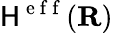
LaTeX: \mathsf{H}^{\mathrm{{~e~f~f~}}}({\mathbf{{R}}})